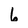
Character: 6